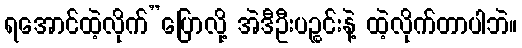
ရအောင်ထဲ့လိုက်”ပြောလို့ အဲဒီဦးပဉ္စင်းနဲ့ ထဲ့လိုက်တာပါဘဲ။